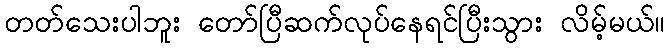
တတ်သေးပါဘူး တော်ပြီဆက်လုပ်နေရင်ပြီးသွား လိမ့်မယ်။